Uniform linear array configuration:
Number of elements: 48
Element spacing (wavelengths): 0.25
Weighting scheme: cosine
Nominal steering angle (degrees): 30
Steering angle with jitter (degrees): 31.119
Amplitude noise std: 0.05
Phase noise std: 0.05

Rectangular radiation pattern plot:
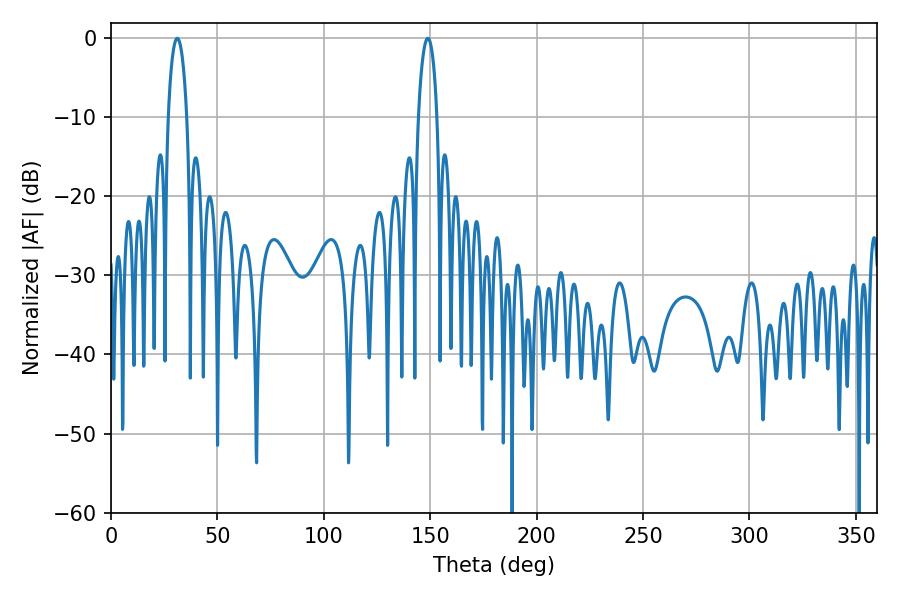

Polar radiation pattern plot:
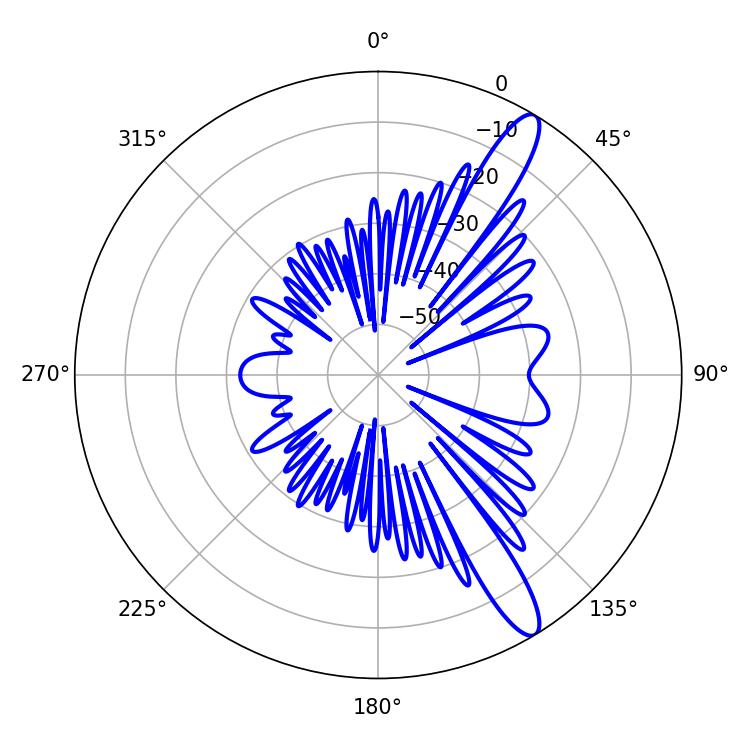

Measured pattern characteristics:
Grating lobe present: FALSE
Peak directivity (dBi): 12.947
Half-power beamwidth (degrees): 5.04
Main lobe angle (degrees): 31.14